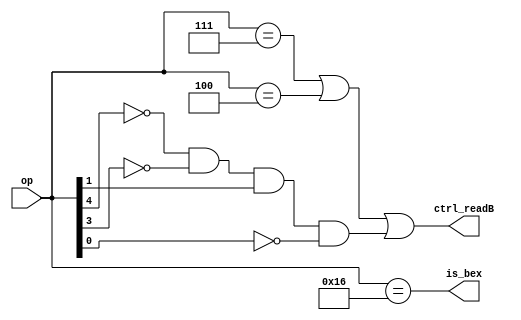
module decode_D(ctrl_readB, is_bex, op);
    input [4:0] op;
    output ctrl_readB, is_bex;

    wire sw;
    wire jr;
    wire branch;

    assign sw = (op == 5'b00111);
    assign jr = (op == 5'b00100);
    assign branch = (~op[4] & ~op[3] & op[1] & ~op[0]); //handles 00010 and 00110   bne and blt

    assign ctrl_readB = (sw | jr | branch);
    assign is_bex = (op == 5'b10110);

endmodule